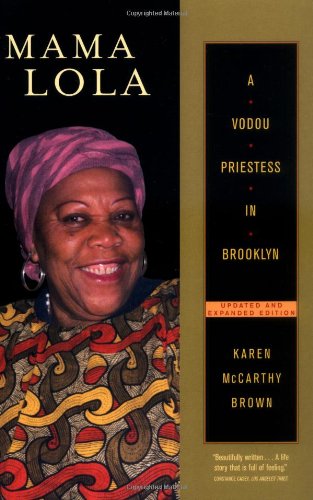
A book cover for Mama Lola: A Vodou Priestess in Brooklyn Updated and Expanded Edition (Comparative Studies in Religion and Society); Karen McCarthy Brown; Biographies & Memoirs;